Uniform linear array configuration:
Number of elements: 8
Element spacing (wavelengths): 0.75
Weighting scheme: blackman
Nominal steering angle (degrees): -60
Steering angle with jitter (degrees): -60.579
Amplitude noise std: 0.05
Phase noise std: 0.05

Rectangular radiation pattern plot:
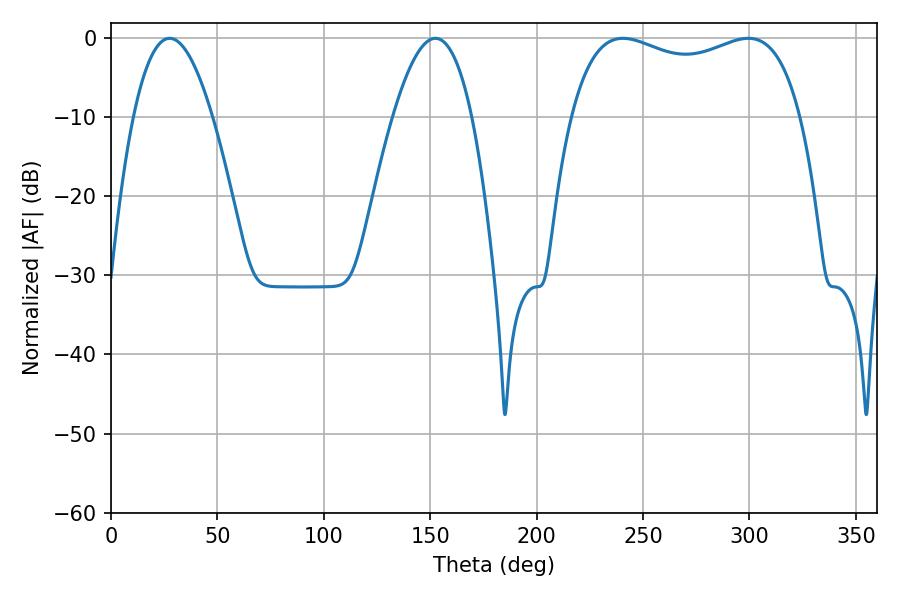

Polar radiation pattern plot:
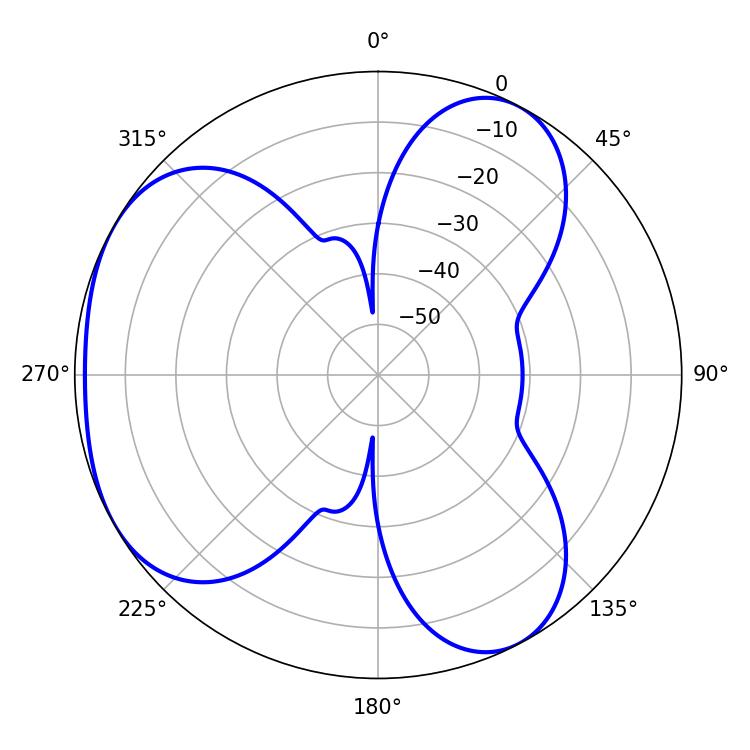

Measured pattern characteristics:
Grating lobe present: TRUE
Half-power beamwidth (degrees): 20.34
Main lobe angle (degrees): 27.54